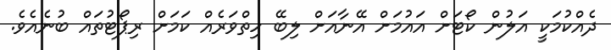
ދެއްކުމަކީ އަލުން ކޯޓަށް އައުމަށް އޭނާއަށް ލިބޭ ހިތްވަރެއް ކަމަށް ރިޕޯޓުތައް ބުނެއެވެ.